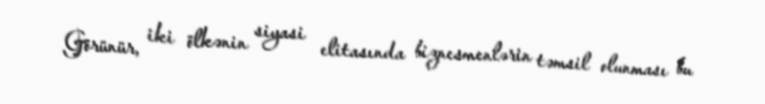
Görünür, iki ölkənin siyasi elitasında biznesmenlərin təmsil olunması bu